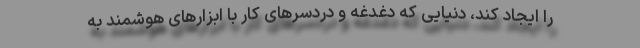
را ایجاد کند، دنیایی که دغدغه و دردسرهای کار با ابزارهای هوشمند به